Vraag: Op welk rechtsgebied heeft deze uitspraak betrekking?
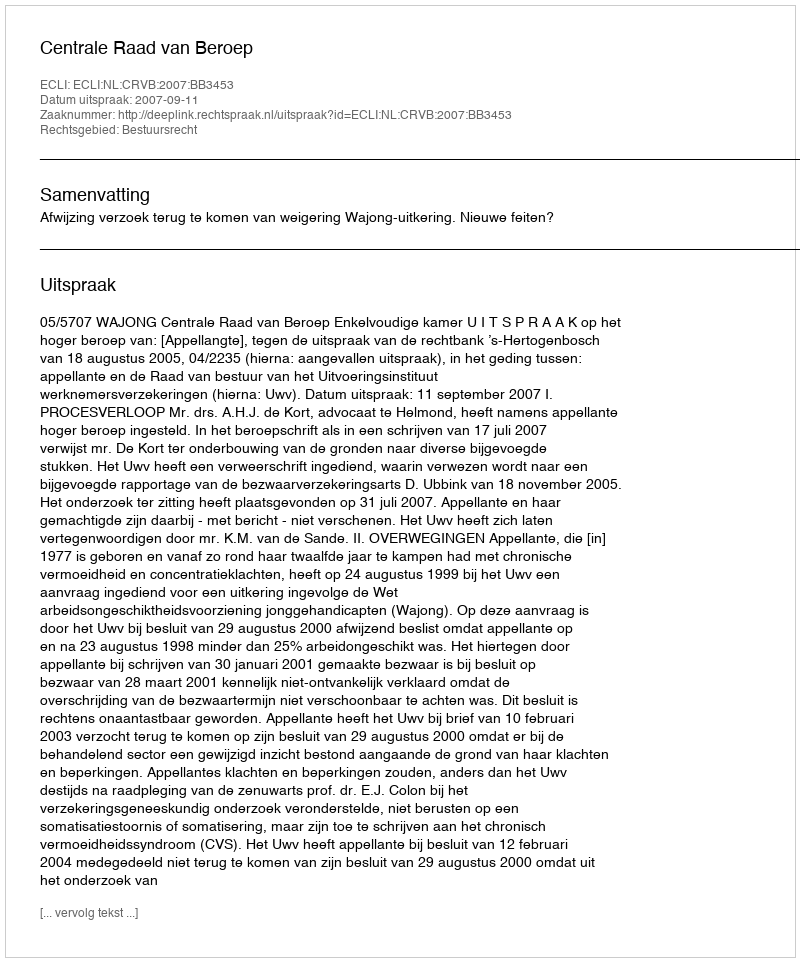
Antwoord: Bestuursrecht